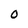
Character: 0